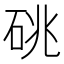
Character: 䂪